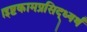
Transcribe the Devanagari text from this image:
।इष्टकामप्रसिद्ध्यर्थं